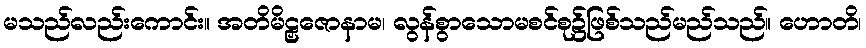
မသည်လည်းကောင်း။ အတိမိဠှဇောနာမ၊ လွန်စွာသောမစင်စု၌ဖြစ်သည်မည်သည်။ ဟောတိ၊